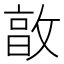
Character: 㪟